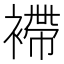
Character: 𧜵